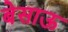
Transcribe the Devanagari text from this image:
बेसाऊ